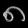
Digit: ၈